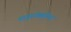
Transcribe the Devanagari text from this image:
पाइरॉक्सीन्स